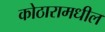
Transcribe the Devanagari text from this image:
कोठारामधील